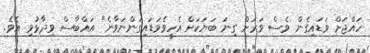
ހައްޖަށް ވަޑައިގެން ވެސް ވަރަށް ގިނަ ބަޔަކަށް އެހީވެވަޑައިގަންނަވާނެ" އައްބާސް ވިދާޅުވި އެވެ.